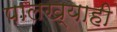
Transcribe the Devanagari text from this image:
पालख्याही